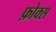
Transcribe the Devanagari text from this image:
फ़ोक्स